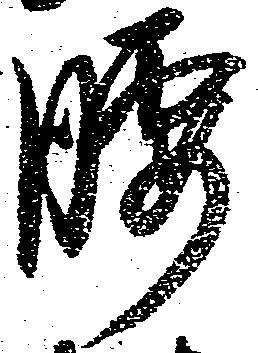
腰